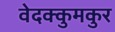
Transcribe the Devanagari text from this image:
वेदक्कुमकुर